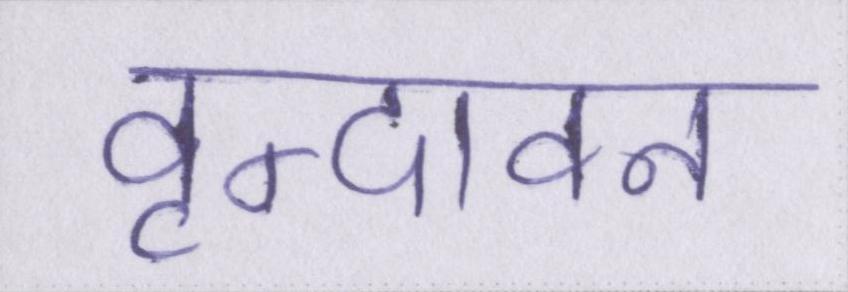
वृन्दावन